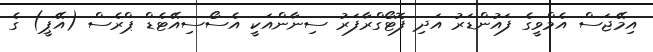
އިމޭޖަސް އެމްވީގެ ފައުންޑަރު އަދި ފޮޓޯގްރާފަރު ސިނާންއަކީ އެސޯސިއޭޓެޑް ޕްރެސް (އޭޕީ) ގެ